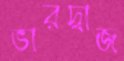
ভারদ্বাজ